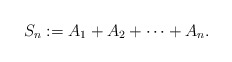
\begin{align*}S_n := A_1+A_2+\dotsb+A_n.\end{align*}